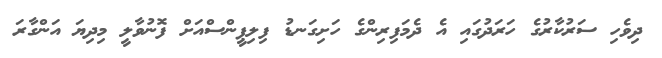
ދިވެހި ސަރުކާރުގެ ހަރަދުގައި އެ ދެމަފިރިންގެ ހަށިގަނޑު ފިލިޕީންސްއަށް ފޮނުވާލީ މިދިޔަ އަންގާރަ